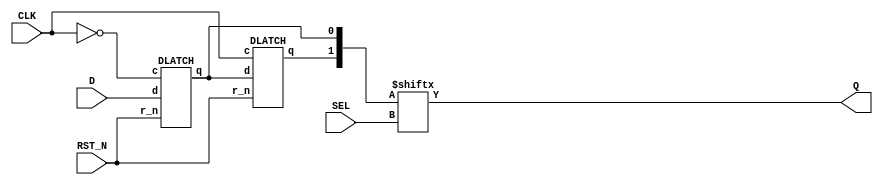
module D_FF_LATCH (input D,
		   input RST_N,
		   input CLK,
		   input SEL,
		   output Q);
   wire 		  master_out, slave_out;
   wire [1:0] 		  sel_in;
   wire 		  CLK_MAS;

   DLATCH master(.c(CLK_MAS), .d(D), .r_n(RST_N), .q(master_out));
   DLATCH slave(.c(CLK), .d(master_out), .r_n(RST_N), .q(slave_out));

   assign CLK_MAS = ~CLK;
   assign sel_in = {slave_out, master_out};
   assign Q = sel_in[SEL];
endmodule // D_FF_LATCH

module DLATCH(c, d, r_n,q);
   input c, d, r_n;
   output q;
   // reg 	  qq;

   // initial qq <= 0;

   // always @(c or d) begin
   //    if (r_n==0)
   // 	qq <= 0;
   //    else if (c==1)
   // 	qq <= d;
   // end

   // assign q = qq;
   assign q = (~r_n) ? 0 :
	      (c) ? d :
	      q;
endmodule // DLATCH